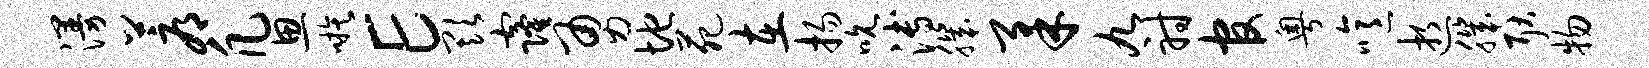
漫蓐凡思嗾E欺窿勇地苑在扬吮溥肌柔九射官粤噫逝肌耿物